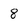
Character: 8